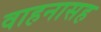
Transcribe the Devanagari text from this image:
वाहनासह